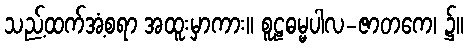
သည့်ထက်အံ့စရာ အထူးမှာကား။ စူဠဓမ္မပါလ-ဇာတကေ၊ ၌။